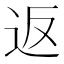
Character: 返